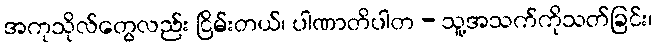
အကုသိုလ်တွေလည်း ငြိမ်းတယ်၊ ပါဏာတိပါတ - သူ့အသက်ကိုသတ်ခြင်း၊